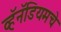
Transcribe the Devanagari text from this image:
व्हॅनॅडियमचे